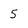
Character: 5